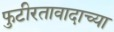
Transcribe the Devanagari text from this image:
फुटीरतावादाच्या